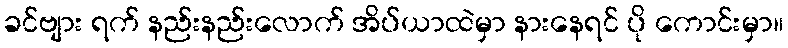
ခင်ဗျား ရက် နည်းနည်းလောက် အိပ်ယာထဲမှာ နားနေရင် ပို ကောင်းမှာ။